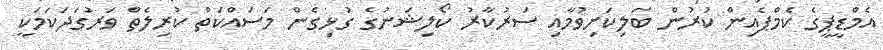
އެމްޑީޕީގެ ކެމްޕެއިން ކުރުން ބަލިކަށިވުމާއި ސަރުކާރު ކޯލިޝަނުގެ ގުޅިގެން މަސައްކަތް ކުރިލެތް ވަރުގަދަކަމަކީ